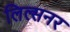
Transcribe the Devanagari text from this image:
लिल्सनर